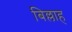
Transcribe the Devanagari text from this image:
बिल्लाह